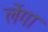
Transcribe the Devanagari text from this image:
लेंगा